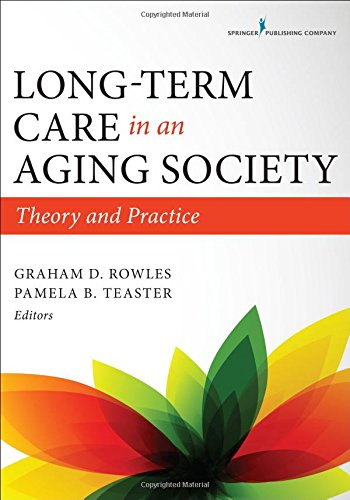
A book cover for Long-Term Care in an Aging Society: Theory and Practice; Graham D. Rowles; Politics & Social Sciences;